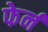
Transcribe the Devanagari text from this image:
फेर्न